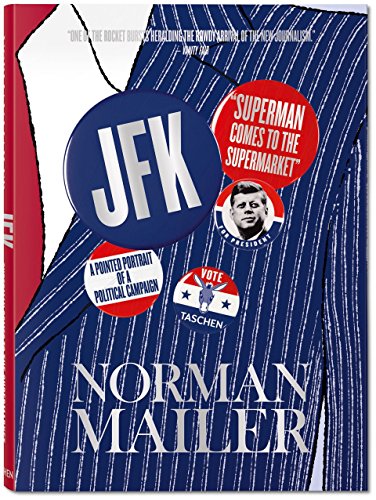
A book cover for Norman Mailer: JFK, Superman Comes to the Supermarket; Norman Mailer; Arts & Photography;